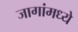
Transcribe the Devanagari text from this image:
जागांमध्ये